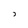
Character: J